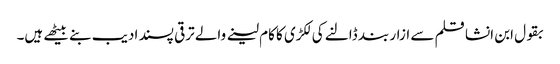
بقول ابن انشا قلم سے ازار بند ڈالنے کی لکڑی کا کام لینے والے ترقی پسند ادیب بنے بیٹھے ہیں۔